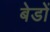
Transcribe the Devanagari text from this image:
बेडों